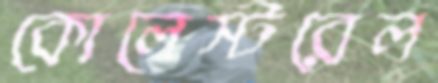
কোলেস্টরেল